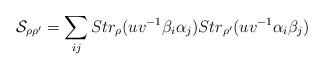
LaTeX: \begin{align*}{\cal S}_{\rho\rho'}=\sum_{ij}Str_{\rho}(uv^{-1}\beta_{i}\alpha_{j})Str_{\rho'}(uv^{-1}\alpha_{i}\beta_{j})\end{align*}